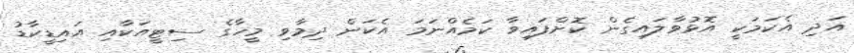
އަދި އެކަމަކީ އޮޅުވާލައިގެން ކޮށްފައިވާ ކަމެއްނަމަ އެކަން ދިމާވި މީހާގެ ސިޓީއަކާއި އައިޑީކާޑު